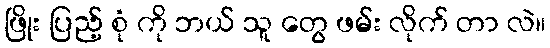
ဖြိုး ပြည့် စုံ ကို ဘယ် သူ တွေ ဖမ်း လိုက် တာ လဲ။